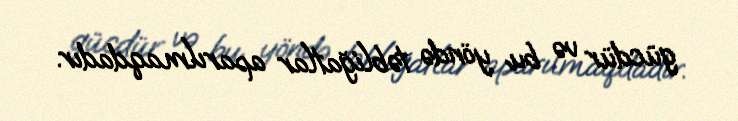
gücdür və bu yöndə təbliğatlar aparılmaqdadır.